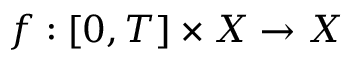
f : [ 0 , T ] \times X \to X